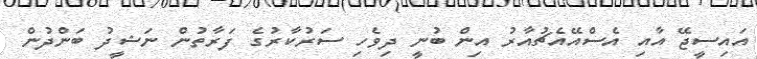
އައިސީޖޭ އާއި އެސްއޭއެޗުއާރު އިން ބުނީ ދިވެހި ސަރުކާރުގެ ފަރާތުން ނަޝީދު ބަންދުން